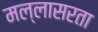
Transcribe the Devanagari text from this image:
मल्लासरता